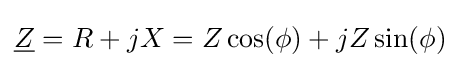
{\underline {Z}}=R+jX=Z\cos(\phi )+jZ\sin(\phi )